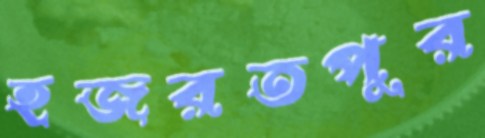
হজরতপুর